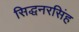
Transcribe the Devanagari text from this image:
सिद्धनरसिंह